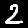
Digit: 2